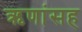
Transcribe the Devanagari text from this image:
ऋणांसह